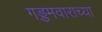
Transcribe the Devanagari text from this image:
गड्डमवाराच्या